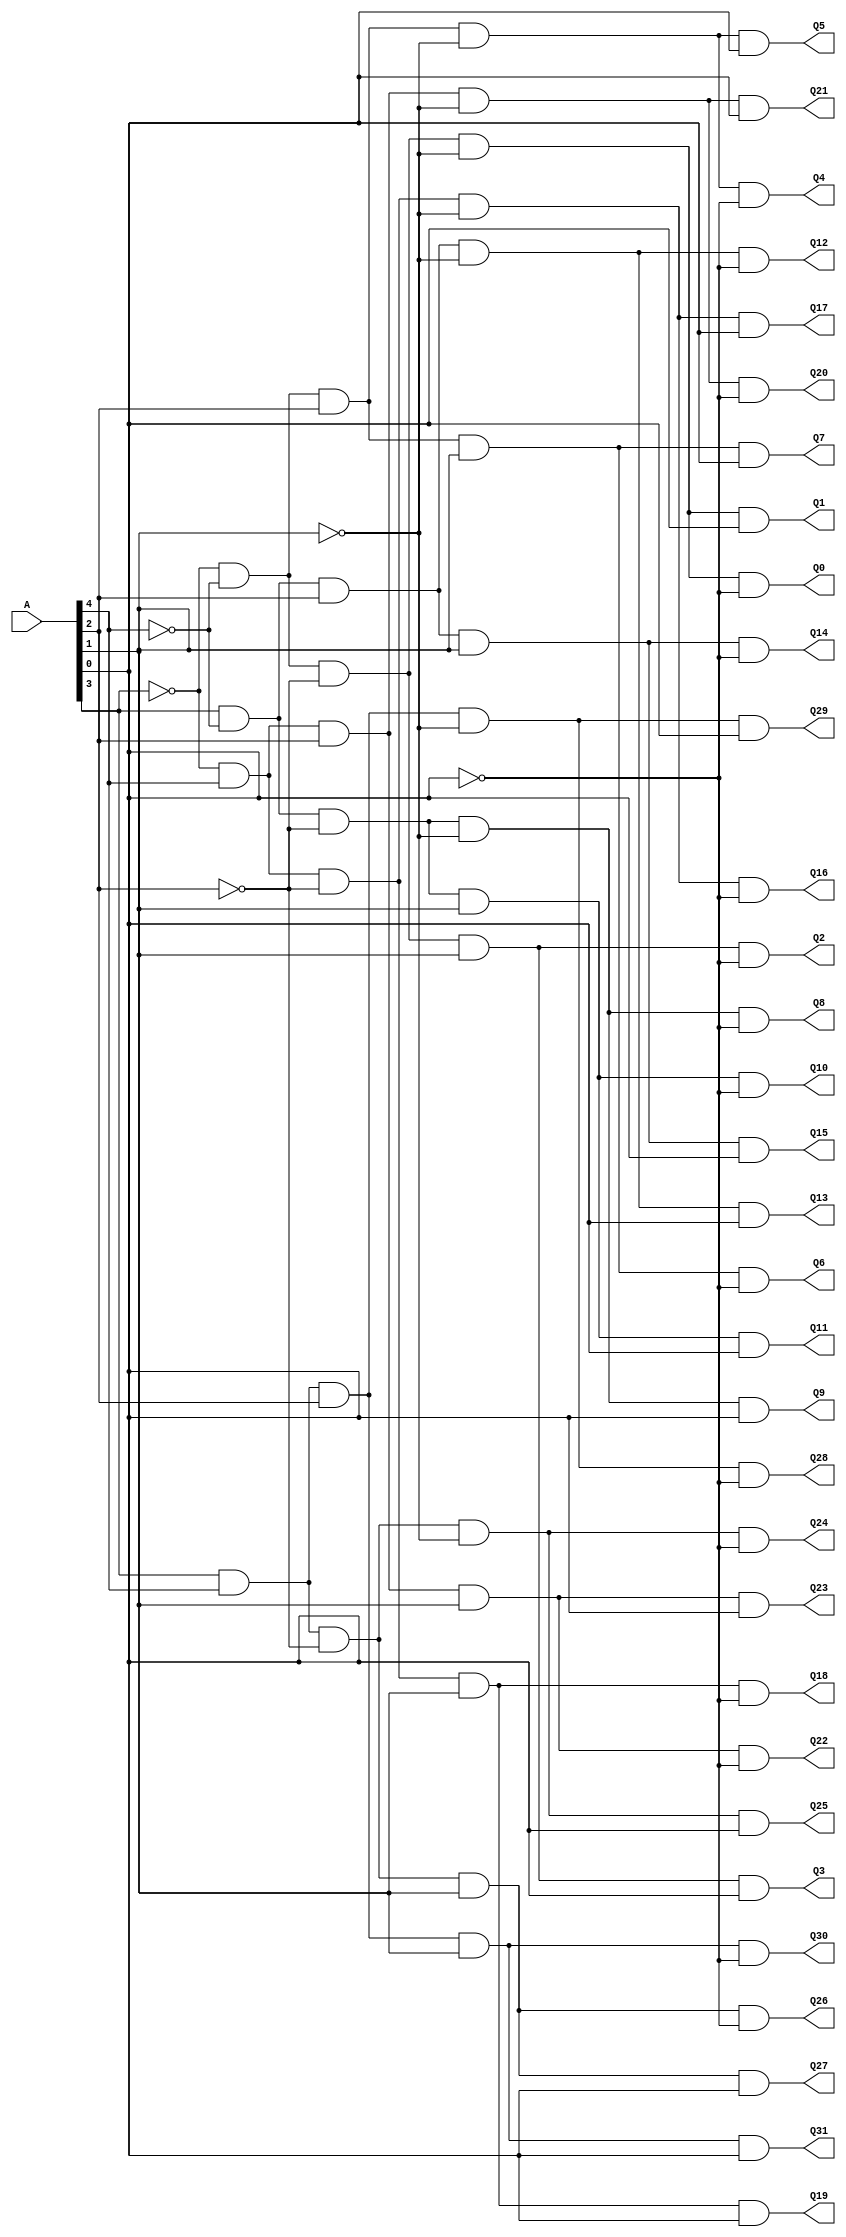
module Decoder_32(
	A,
	Q0,
	Q1,
	Q2,
	Q3,
	Q4,
	Q5,
	Q6,
	Q7,
	Q8,
	Q9,
	Q10,
	Q11,
	Q12,
	Q13,
	Q14,
	Q15,
	Q16,
	Q17,
	Q18,
	Q19,
	Q20,
	Q21,
	Q22,
	Q23,
	Q24,
	Q25,
	Q26,
	Q27,
	Q28,
	Q29,
	Q30,
	Q31
);


input wire	[4:0] A;
output wire	Q0;
output wire	Q1;
output wire	Q2;
output wire	Q3;
output wire	Q4;
output wire	Q5;
output wire	Q6;
output wire	Q7;
output wire	Q8;
output wire	Q9;
output wire	Q10;
output wire	Q11;
output wire	Q12;
output wire	Q13;
output wire	Q14;
output wire	Q15;
output wire	Q16;
output wire	Q17;
output wire	Q18;
output wire	Q19;
output wire	Q20;
output wire	Q21;
output wire	Q22;
output wire	Q23;
output wire	Q24;
output wire	Q25;
output wire	Q26;
output wire	Q27;
output wire	Q28;
output wire	Q29;
output wire	Q30;
output wire	Q31;

wire	NOTA0;
wire	NOTA1;
wire	NOTA2;
wire	NOTA3;
wire	NOTA4;
wire	Power;




assign	Q0 = NOTA3 & Power & NOTA4 & NOTA2 & NOTA1 & NOTA0;

assign	Q15 = A[3] & Power & NOTA4 & A[2] & A[1] & A[0];

assign	Q16 = NOTA3 & Power & A[4] & NOTA2 & NOTA1 & NOTA0;

assign	Q17 = NOTA3 & Power & A[4] & NOTA2 & NOTA1 & A[0];

assign	Q18 = NOTA3 & Power & A[4] & NOTA2 & A[1] & NOTA0;

assign	Q19 = NOTA3 & Power & A[4] & NOTA2 & A[1] & A[0];

assign	Q20 = NOTA3 & Power & A[4] & A[2] & NOTA1 & NOTA0;

assign	Q21 = NOTA3 & Power & A[4] & A[2] & NOTA1 & A[0];

assign	Q2 = NOTA3 & Power & NOTA4 & NOTA2 & A[1] & NOTA0;

assign	Q22 = NOTA3 & Power & A[4] & A[2] & A[1] & NOTA0;

assign	Q23 = NOTA3 & Power & A[4] & A[2] & A[1] & A[0];

assign	Q24 = A[3] & Power & A[4] & NOTA2 & NOTA1 & NOTA0;

assign	Q25 = A[3] & Power & A[4] & NOTA2 & NOTA1 & A[0];

assign	Q26 = A[3] & Power & A[4] & NOTA2 & A[1] & NOTA0;

assign	Q27 = A[3] & Power & A[4] & NOTA2 & A[1] & A[0];

assign	Q28 = A[3] & Power & A[4] & A[2] & NOTA1 & NOTA0;

assign	NOTA4 =  ~A[4];

assign	Q29 = A[3] & Power & A[4] & A[2] & NOTA1 & A[0];

assign	Q30 = A[3] & Power & A[4] & A[2] & A[1] & NOTA0;

assign	Q31 = A[3] & Power & A[4] & A[2] & A[1] & A[0];

assign	Q3 = NOTA3 & Power & NOTA4 & NOTA2 & A[1] & A[0];

assign	Q4 = NOTA3 & Power & NOTA4 & A[2] & NOTA1 & NOTA0;

assign	NOTA3 =  ~A[3];

assign	Q5 = NOTA3 & Power & NOTA4 & A[2] & NOTA1 & A[0];

assign	NOTA2 =  ~A[2];

assign	Q6 = NOTA3 & Power & NOTA4 & A[2] & A[1] & NOTA0;

assign	NOTA1 =  ~A[1];

assign	Q7 = NOTA3 & Power & NOTA4 & A[2] & A[1] & A[0];

assign	Q8 = A[3] & Power & NOTA4 & NOTA2 & NOTA1 & NOTA0;

assign	NOTA0 =  ~A[0];

assign	Q9 = A[3] & Power & NOTA4 & NOTA2 & NOTA1 & A[0];


assign	Q10 = A[3] & Power & NOTA4 & NOTA2 & A[1] & NOTA0;

assign	Q11 = A[3] & Power & NOTA4 & NOTA2 & A[1] & A[0];

assign	Q1 = NOTA3 & Power & NOTA4 & NOTA2 & NOTA1 & A[0];

assign	Q12 = A[3] & Power & NOTA4 & A[2] & NOTA1 & NOTA0;

assign	Q13 = A[3] & Power & NOTA4 & A[2] & NOTA1 & A[0];

assign	Q14 = A[3] & Power & NOTA4 & A[2] & A[1] & NOTA0;

assign	Power = 1;

endmodule